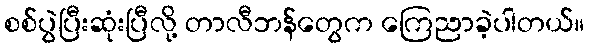
စစ်ပွဲပြီးဆုံးပြီလို့ တာလီဘန်တွေက ကြေညာခဲ့ပါတယ်။